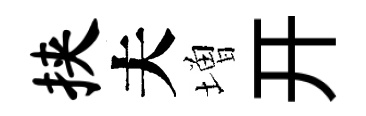
挟夫増开